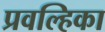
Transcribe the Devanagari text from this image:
प्रवल्हिका